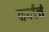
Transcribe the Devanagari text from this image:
वर्षाचं